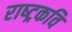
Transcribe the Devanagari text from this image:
राष्‍ट्रकवि